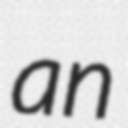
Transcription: an